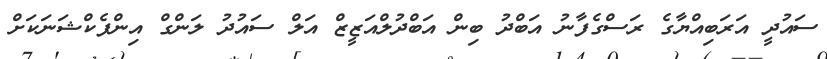
ސައުދީ އަރަބިއްޔާގެ ރަސްގެފާނު އަބްދު ބިން އަބްދުލްއަޒީޒް އަލް ސައުދު ލަންގް އިންފެކްޝަނަކަށް